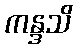
ကန္ဒသိ